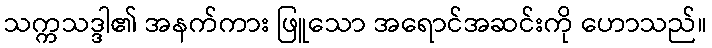
သက္ကသဒ္ဒါ၏ အနက်ကား ဖြူသော အရောင်အဆင်းကို ဟောသည်။